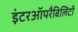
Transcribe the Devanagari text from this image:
इंटरऑपरैबिलिटी